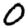
Digit: 0